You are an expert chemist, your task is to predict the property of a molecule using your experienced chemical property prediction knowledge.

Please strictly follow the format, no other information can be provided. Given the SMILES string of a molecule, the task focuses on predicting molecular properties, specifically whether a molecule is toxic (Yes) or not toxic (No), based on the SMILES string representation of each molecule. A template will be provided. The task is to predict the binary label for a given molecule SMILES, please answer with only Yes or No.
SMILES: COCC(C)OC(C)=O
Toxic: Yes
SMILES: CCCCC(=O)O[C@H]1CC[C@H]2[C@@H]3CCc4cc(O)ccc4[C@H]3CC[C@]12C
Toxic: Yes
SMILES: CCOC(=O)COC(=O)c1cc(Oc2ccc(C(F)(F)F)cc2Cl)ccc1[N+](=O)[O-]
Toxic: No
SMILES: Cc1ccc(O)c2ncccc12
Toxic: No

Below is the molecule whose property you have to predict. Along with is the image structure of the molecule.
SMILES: O=P(O)(O)Oc1ccccc1
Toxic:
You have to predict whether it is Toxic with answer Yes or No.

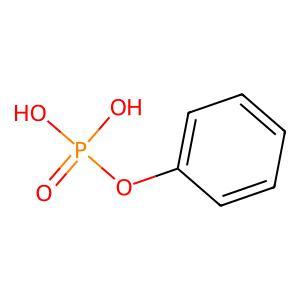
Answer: No